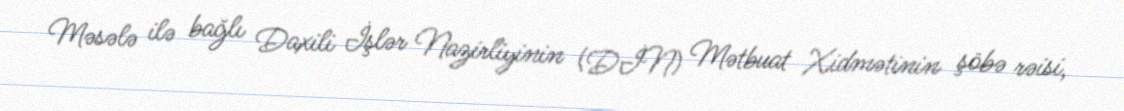
Məsələ ilə bağlı Daxili İşlər Nazirliyinin (DİN) Mətbuat Xidmətinin şöbə rəisi,